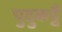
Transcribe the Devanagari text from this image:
पुदुकट्टै